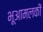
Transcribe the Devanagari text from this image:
भूआमलकी